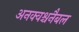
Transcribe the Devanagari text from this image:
अनक्वश्चनैबल